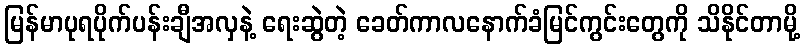
မြန်မာပုရပိုက်ပန်းချီအလှနဲ့ ရေးဆွဲတဲ့ ခေတ်ကာလနောက်ခံမြင်ကွင်းတွေကို သိနိုင်တာမို့